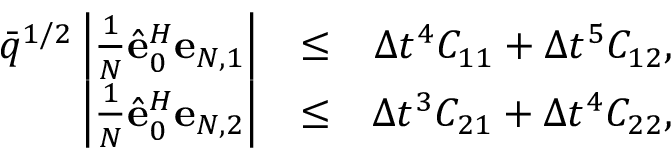
\begin{array} { r l r } { \bar { q } ^ { 1 / 2 } \left| \frac { 1 } { N } \hat { \bf e } _ { 0 } ^ { H } { \bf e } _ { N , 1 } \right| } & { \leq } & { \Delta t ^ { 4 } C _ { 1 1 } + \Delta t ^ { 5 } C _ { 1 2 } , } \\ { \left| \frac { 1 } { N } \hat { \bf e } _ { 0 } ^ { H } { \bf e } _ { N , 2 } \right| } & { \leq } & { \Delta t ^ { 3 } C _ { 2 1 } + \Delta t ^ { 4 } C _ { 2 2 } , } \end{array}